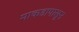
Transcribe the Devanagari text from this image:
माकडापासून